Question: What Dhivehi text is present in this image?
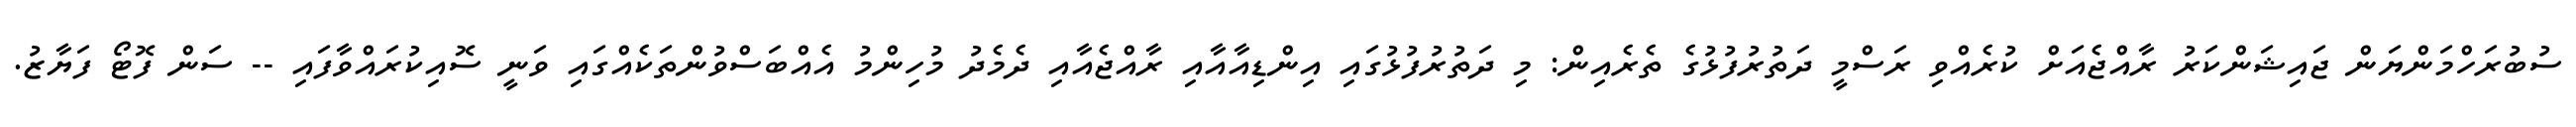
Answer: ސުބުރަހްމަންޔަން ޖައިޝަންކަރު ރާއްޖެއަށް ކުރެއްވި ރަސްމީ ދަތުރުފުޅުގެ ތެރެއިން: މި ދަތުރުފުޅުގައި އިންޑިއާއާއި ރާއްޖެއާއި ދެމެދު މުހިންމު އެއްބަސްވުންތަކެއްގައި ވަނީ ސޮއިކުރައްވާފައި -- ސަން ފޮޓޯ ފަޔާޒު.